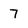
Character: 7